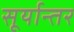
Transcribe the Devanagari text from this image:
सूर्यान्तर